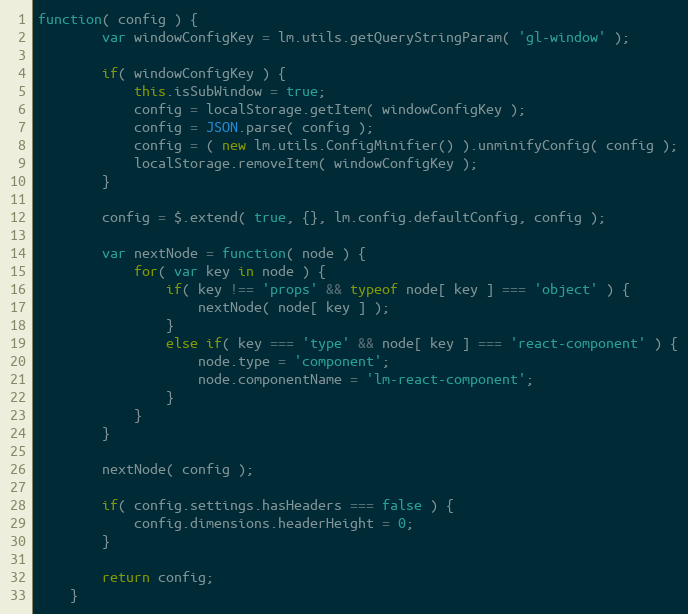
Language: JavaScript
function( config ) {
		var windowConfigKey = lm.utils.getQueryStringParam( 'gl-window' );

		if( windowConfigKey ) {
			this.isSubWindow = true;
			config = localStorage.getItem( windowConfigKey );
			config = JSON.parse( config );
			config = ( new lm.utils.ConfigMinifier() ).unminifyConfig( config );
			localStorage.removeItem( windowConfigKey );
		}

		config = $.extend( true, {}, lm.config.defaultConfig, config );

		var nextNode = function( node ) {
			for( var key in node ) {
				if( key !== 'props' && typeof node[ key ] === 'object' ) {
					nextNode( node[ key ] );
				}
				else if( key === 'type' && node[ key ] === 'react-component' ) {
					node.type = 'component';
					node.componentName = 'lm-react-component';
				}
			}
		}

		nextNode( config );

		if( config.settings.hasHeaders === false ) {
			config.dimensions.headerHeight = 0;
		}

		return config;
	}